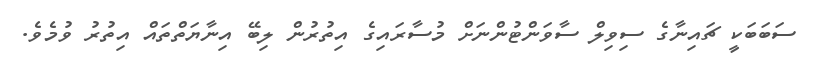
ސަބަބަކީ ޗައިނާގެ ސިވިލް ސާވަންޓުންނަށް މުސާރައިގެ އިތުރުން ލިބޭ އިނާޔަތްތައް އިތުރު ވުމެވެ.